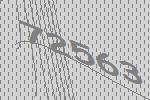
72563